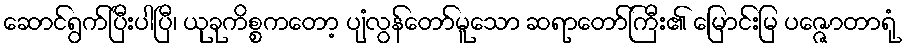
ဆောင်ရွက်ပြီးပါပြီ၊ ယုခုကိစ္စကတော့ ပျံလွန်တော်မူသော ဆရာတော်ကြီး၏ မြောင်းမြ ပဇ္ဇောတာရုံ